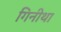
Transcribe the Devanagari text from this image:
गिनीथा